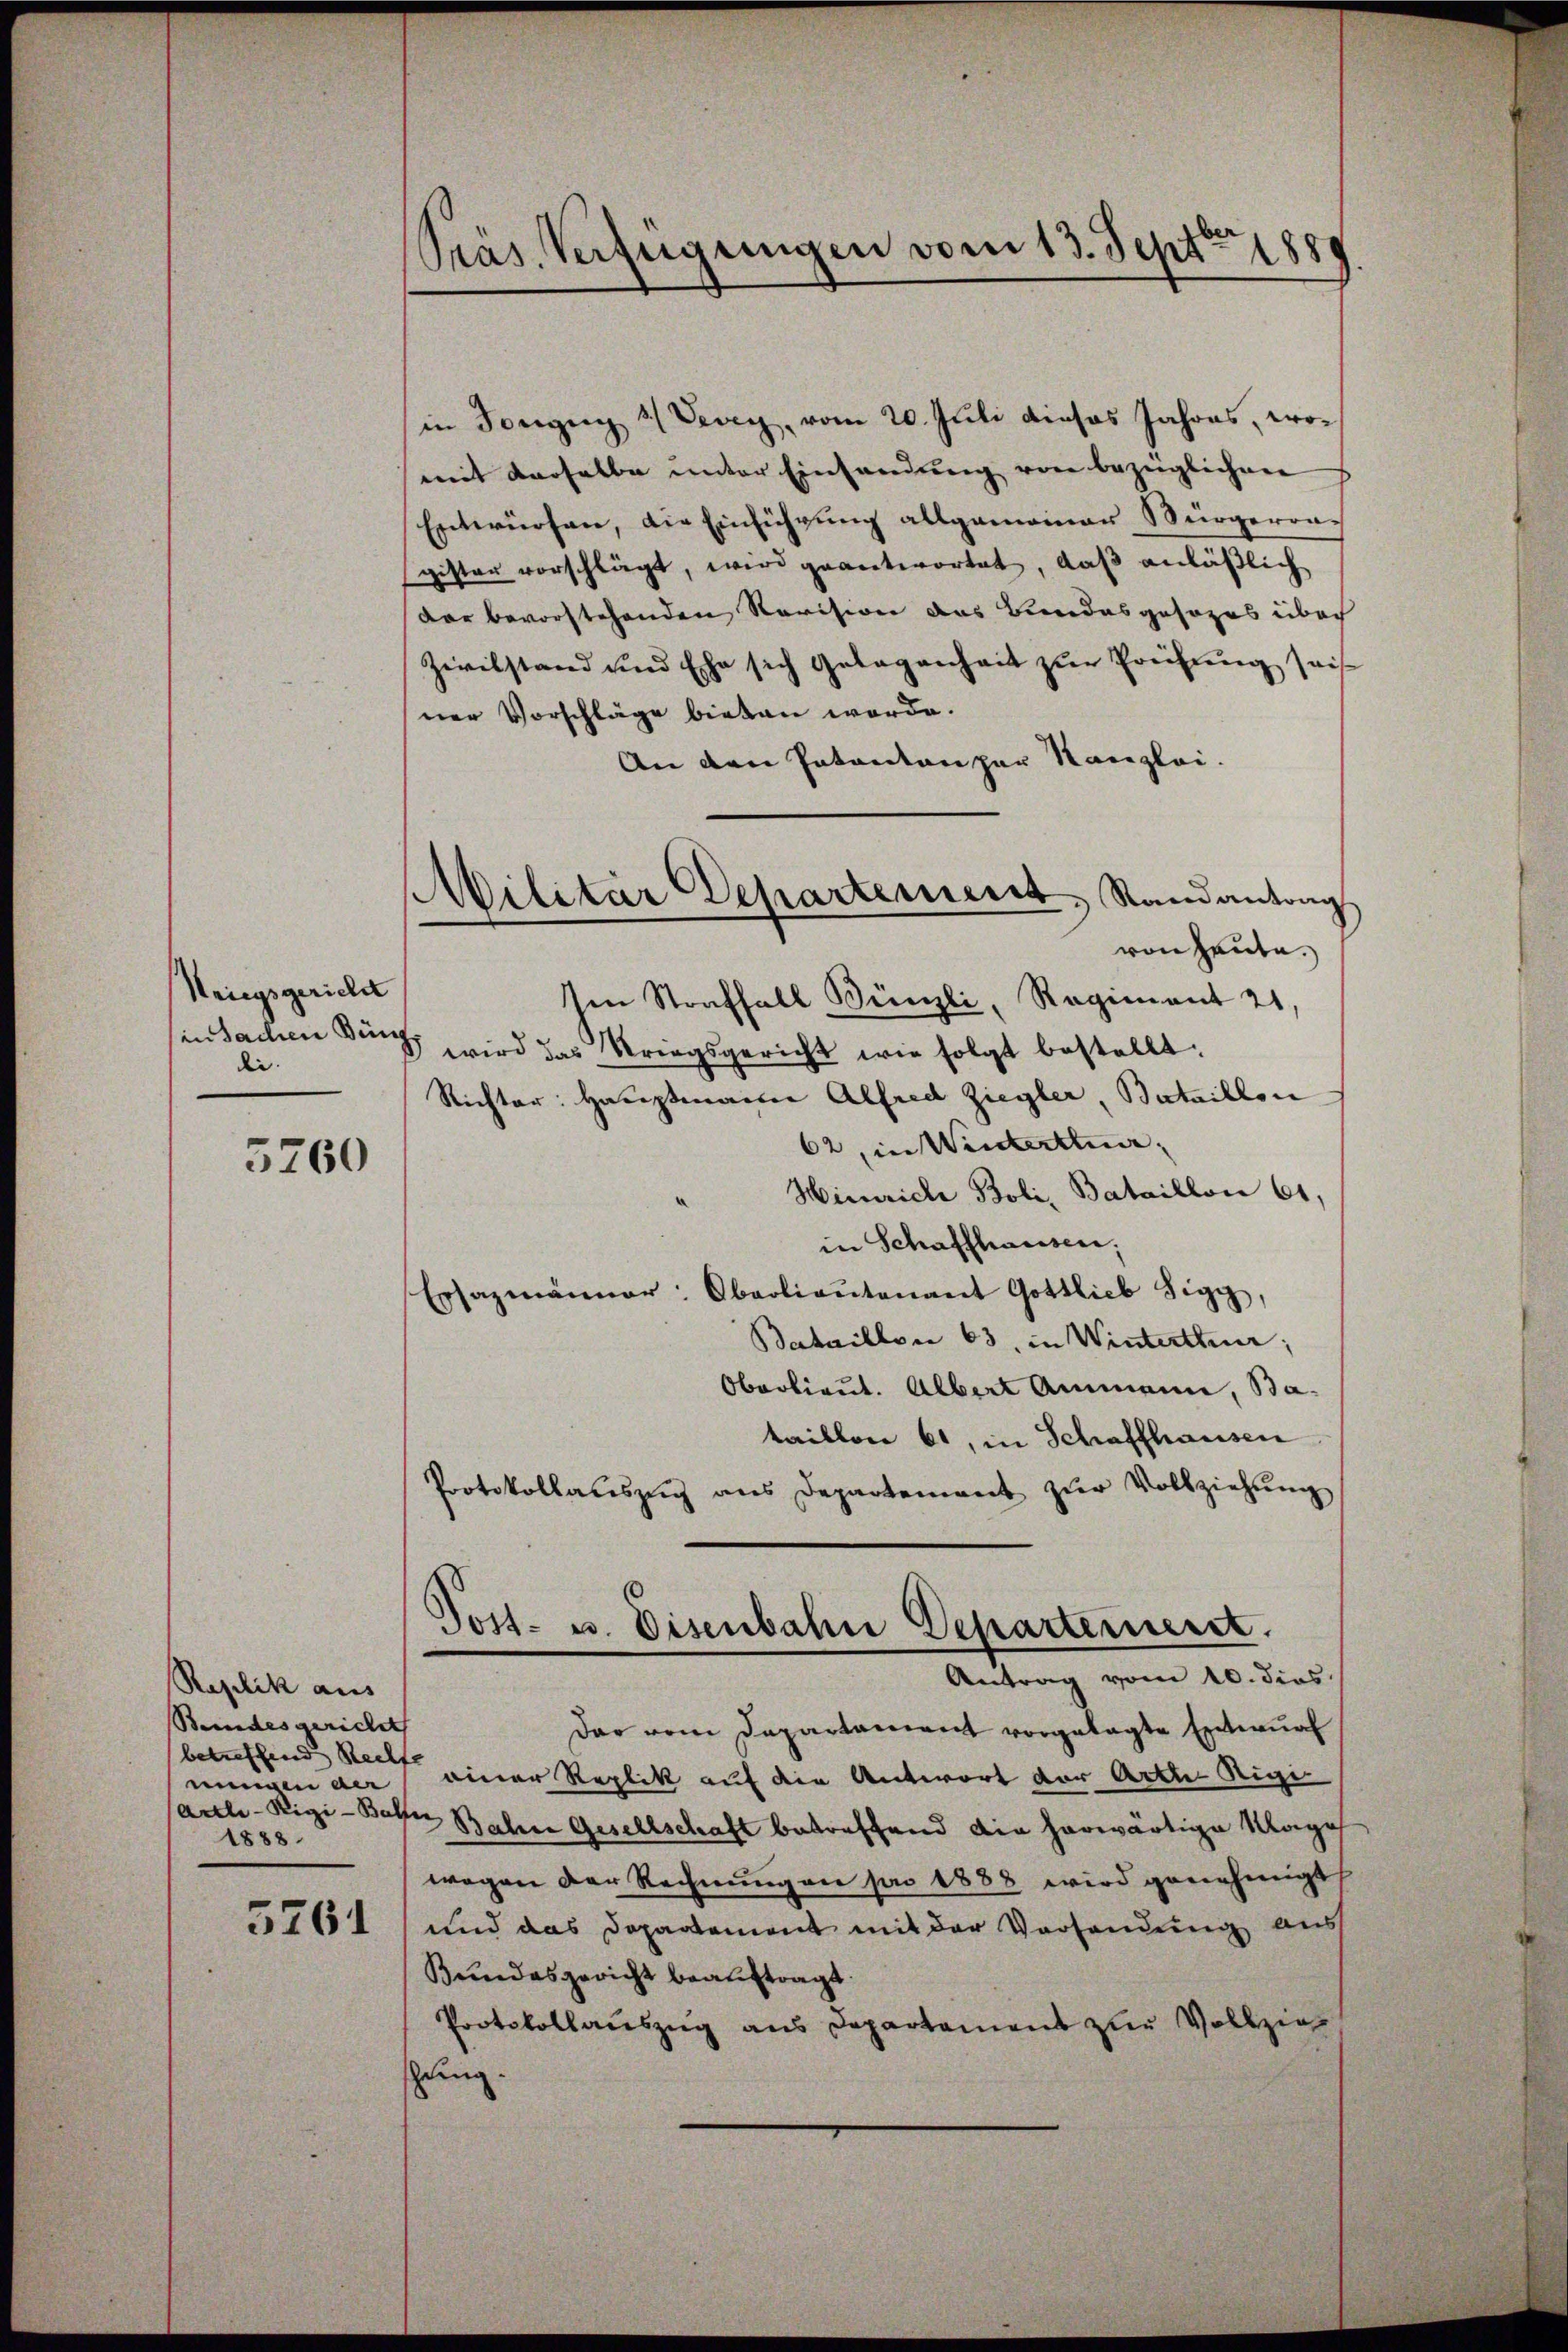
Kriegsgericht
die.

5760

Replik aus
Beundesgericht |
(betreffend Rechte
1888.

5261

Präs. Verfügungen vom 13. Sept. 1889

in Tongung 3/ Vevey, vom 20. Juli dieses Jahres, womit derselbe unter Einfandung von bezüglichen
Entwürfen, die Einführung allgemeiner Würgerongister vorschlägt, wird geantwortet, daß anläßlich
dar bevorstehenden Revision das Bundesgesezes über
Zivilstand und Ehe sich Gelegenheit zŭr Prüfung sei
ner Vorschläge bieten werde.
An den Patanton par Kanzlei.
Ien Straffall Bünzli, Regiment 21.
sin Sachen den wird das Kriegsgericht wie folgt bestellt.
Richter: Hauptmann Alfred Ziegler, Bataillon
62, in Winterthur,
Hinrich Boli, Bataillon 61,
in Schaffhausen,
Ersazmänner: Oberlieŭtenant Gottlieb Sigg,
Bataillon 63, in Winterthur;
Oberlieut. Albert Ammann, Ba-
taillon 61, in Schaffhausen
Protokollaŭszŭg ans Departement zŭr Vollziehŭng
Post- u. Eisenbahn Departement.
Antrag vom 10. dies
dar vom Departament vorgelegte Entwurf
mengen der einer Replik auf die Antwort der Artte Rigi-
artle- Rigi-Balfer Bahn Gesellschaft betreffend die herwärtige Magis
wegen der Rechnungen pro 1888 wird genehmigt
und das Departement mit der Versendung aus
Bundesgericht beauftragt.
Protokollauszug aus Departament zur Vollzieschung.

Militär Departement, Randantrag
von Heute.